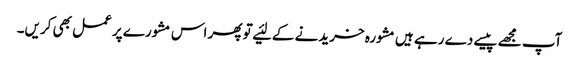
آپ مجھے پیسے دے رہے ہیں‌مشورہ خریدنے کے لئیے تو پھر اس مشورے پر عمل بھی کریں‌۔